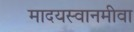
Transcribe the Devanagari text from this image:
मादयस्वानमीवा